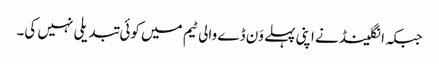
جبکہ انگلینڈ نے اپنی پہلے وَن ڈے والی ٹیم میں کوئی تبدیلی نہیں کی۔